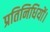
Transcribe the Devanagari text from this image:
प्रतिनिधियों।